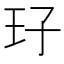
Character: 㺭